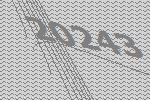
20243